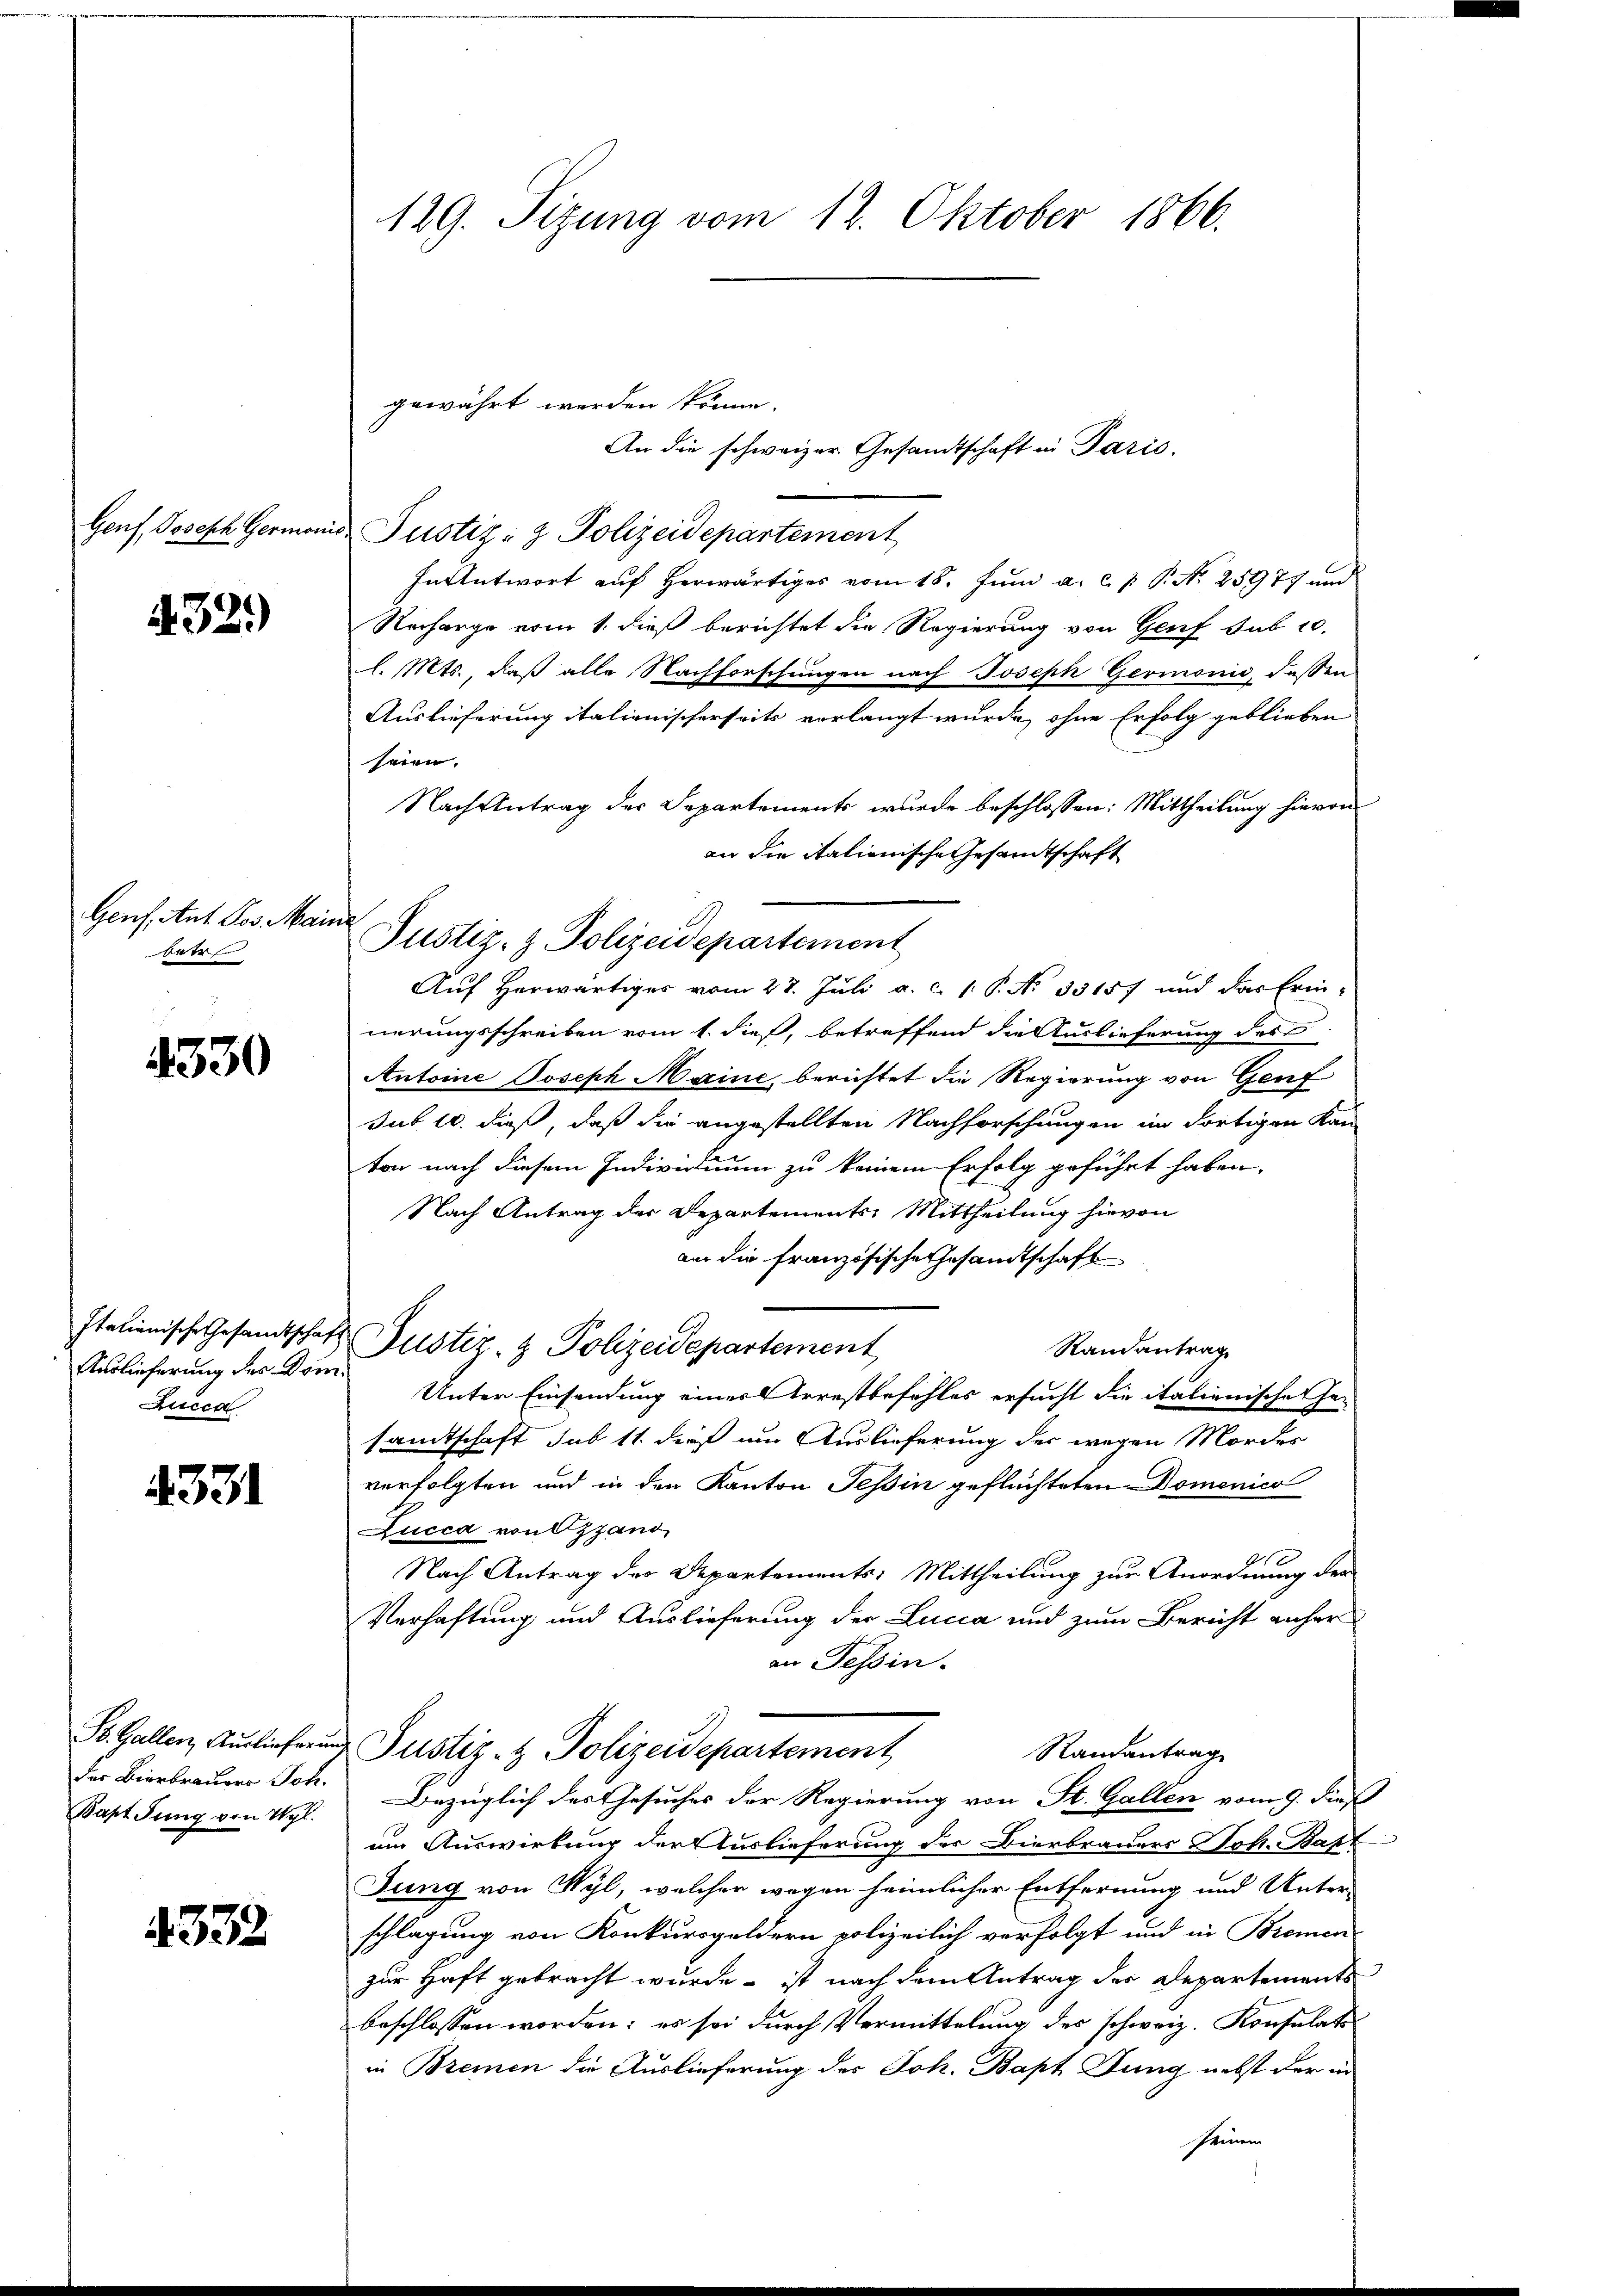
Genf, Joseph Germor

432.)

Genf, Ant. Jos. Maine
betr

4330

Auslieferung des Don
Lucca

4331

der Bierbrauer Sch.
Bapt Jung von Wyl.

4332

129. Sizung vom 12. Oktober 1866.

gewährt werden könne.
An die schweizer. Gesandtschaft in Paris,
u Justiz- & Polizeidepartement
In Antwort auf herwärtiges vom 18. Juni a. c. p. P. N. 25977 und
Recharge vom 1. dieß berichtet die Regierung von Genf sub 20.
l. Mts., daß alle Nachforschungen nach Joseph Germonić, dassen
Auslieferung italienischerseits vorlangt wurde, ohne Erfolg geblieben
seien,
Nach Antrag der Departements wurde beschlossen: Mittheilung hievon
an die italienische Gesandtschaft
Justiz- & Polizeidepartement
Auf Horwärtiges vom 28. Juli a. c. 1. P. No 33157 und das Erin-
nerungsschreiben vom 1. dieß, betreffend die Auslieferung des
Antoine Joseph Maine, berichtet die Regierung von Genf
sub 10. dieß, daß die angestellten Nachforschungen im dortigen Kan
ton nach diesem Individuum zu keinem Erfolg geführt haben.
Nach Antrag der Departements Mittheilung hievon
am die französische Gesandtschaft
Italienische Gesandtschaft Justiz- & Polizeidepartement
Randantrag
Unter Einsendung eines Arrestbefehles ersucht die italienischen Ge-
sandtschaft sub 11 dieß um Auslieferung der wegen Morder
verfolgten und in den Kanton Tessin geflüchteten Domenico
Lucca von stand
Nach Antrag des Departements: Mittheilung zur Anordnung der
Verhaftung und Auslieferung der Lucca und zum Bericht anher
an Tessin.
St. Gallen, Auslieferung Justiz- & Polizeidepartement
Randantrag
Bezüglich des Gesuches der Regierung von St. Gallen vom 9. dieß
um Auswirkung der Auslieferung der Bierbrauers Joh. Bapt
Jung von Wyl, welcher wegen heimlicher Entfernung und Unter-
schlagung von Konkursgeldern polizeilich verfolgt und in Bremen
zur Haft gebracht wurde - ist nach dem Antrag des Departements
beschlossen worden; es sei durch Vermittelung des schweiz. Konsulats
in Bremen die Auslieferung des Joh. Bapt Jung nebst der in
seinem